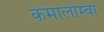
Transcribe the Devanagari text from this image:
कमालाम्बा